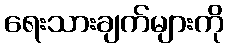
ရေးသားချက်များကို